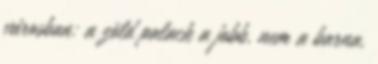
városban: a zöld palack a jobb, nem a barna,